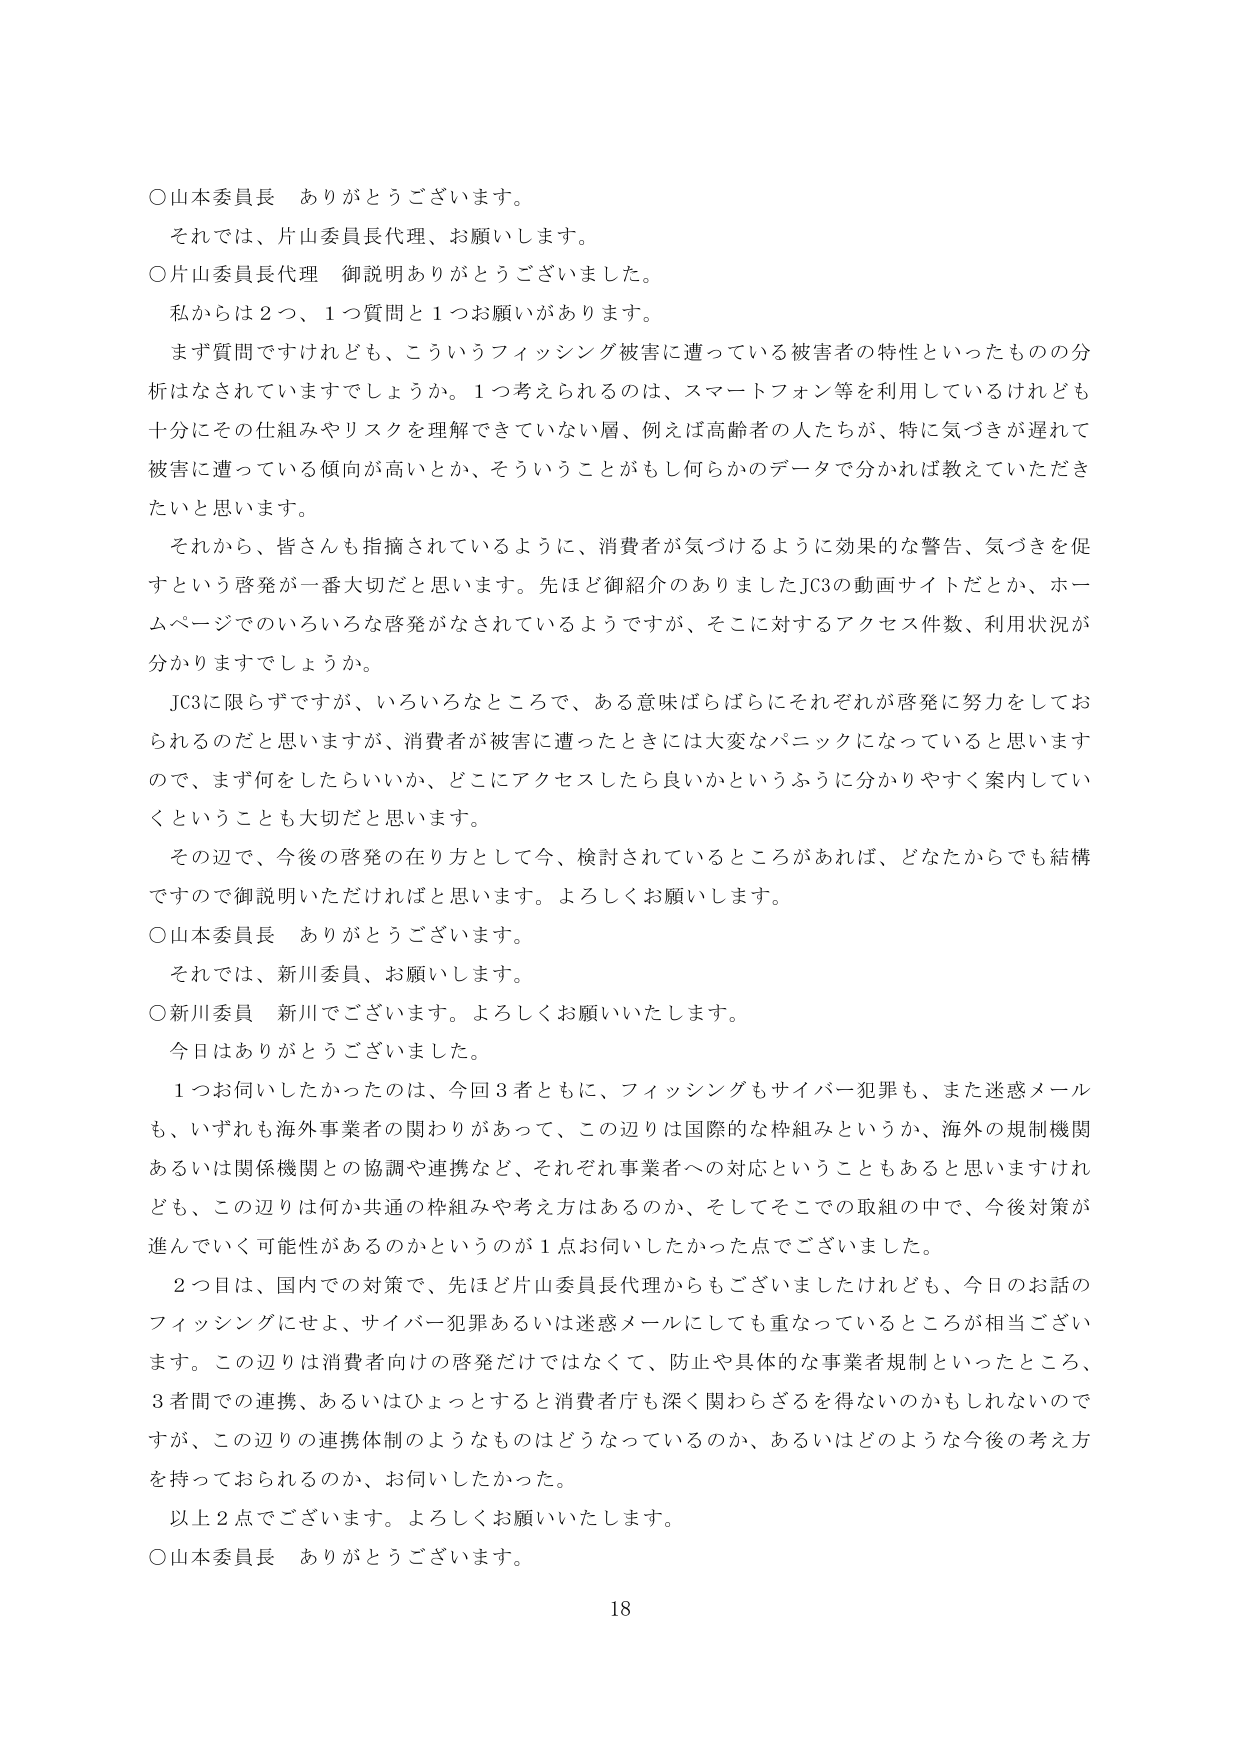
○山本委員長　ありがとうございます。
それでは、片山委員長代理、お願いします。
○片山委員長代理　御説明ありがとうございました。
私からは２つ、１つ質問と１つお願いがあります。
まず質問ですけれども、こういうフィッシング被害に遭っている被害者の特性といったものの分析はなされていますでしょうか。１つ考えられるのは、スマートフォン等を利用しているけれども十分にその仕組みやリスクを理解できていない層、例えば高齢者の人たちが、特に気づきが遅れて被害に遭っている傾向が高いとか、そういうことがもし何らかのデータで分かれば教えていただきたいと思います。
それから、皆さんも指摘されているように、消費者が気づけるように効果的な警告、気づきを促すという啓発が一番大切だと思います。先ほど御紹介ありましたJC3の動画サイトだとか、ホームページでのいろいろな啓発がなされているようですが、そこに対するアクセス件数、利用状況が分かりますでしょうか。
JC3に限らずですが、いろいろなところで、ある意味ばらばらにそれぞれが啓発に努力をしておられるのだと思いますが、消費者が被害に遭ったときには大変なパニックになっていると思いますので、まず何をしたらいいか、どこにアクセスしたら良いかというふうに分かりやすく案内していくということも大切だと思います。
その辺で、今後の啓発の在り方として今、検討されているところがあれば、どなたからでも結構ですので御説明いただければと思います。よろしくお願いします。
○山本委員長　ありがとうございます。
それでは、新川委員、お願いします。
○新川委員　新川でございます。よろしくお願いいたします。
今日はありがとうございました。
１つお伺いしたかったのは、今回３者ともに、フィッシングもサイバー犯罪も、また迷惑メールも、いずれも海外事業者の関わりがあって、この辺りは国際的な枠組みというか、海外の規制機関あるいは関係機関との協調や連携など、それぞれ事業者への対応ということもあると思いますけれども、この辺りは何か共通の枠組みや考え方はあるのか、そしてそこでの取組の中で、今後対策が進んでいく可能性があるのかというのが１点お伺いしたかった点でございました。
２つ目は、国内での対策で、先ほど片山委員長代理からもございましたけれども、今日のお話のフィッシングにせよ、サイバー犯罪あるいは迷惑メールにしても重なっているところが相当ございます。この辺りは消費者向けの啓発だけではなくて、防止や具体的な事業者規制といったところ、３者間での連携、あるいはひょっとすると消費者庁も深く関わらざるを得ないのかもしれないのですが、この辺りの連携体制のようなものはどうなっているのか、あるいはどのような今後の考え方を持っておられるのか、お伺いしたかった。
以上２点でございます。よろしくお願いいたします。
○山本委員長　ありがとうございます。
18